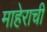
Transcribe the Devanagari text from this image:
माहेराची